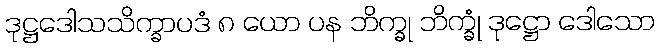
ဒုဋ္ဌဒေါသသိက္ခာပဒံ ၈ ယော ပန ဘိက္ခု ဘိက္ခုံ ဒုဋ္ဌော ဒေါသော